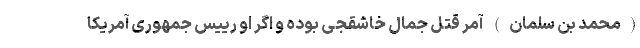
(محمد بن سلمان) آمر قتل جمال خاشقجی بوده و اگر او رییس جمهوری آمریکا